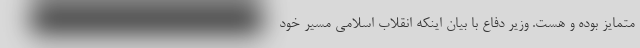
متمایز بوده و هست. وزیر دفاع با بیان اینکه انقلاب اسلامی مسیر خود